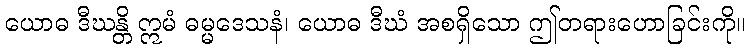
ယောဓ ဒီဃန္တိ ဣမံ ဓမ္မဒေသနံ၊ ယောဓ ဒီဃံ အစရှိသော ဤတရားဟောခြင်းကို။